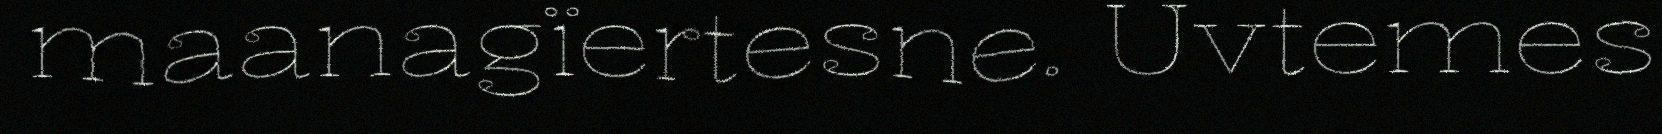
maanagïertesne. Uvtemes